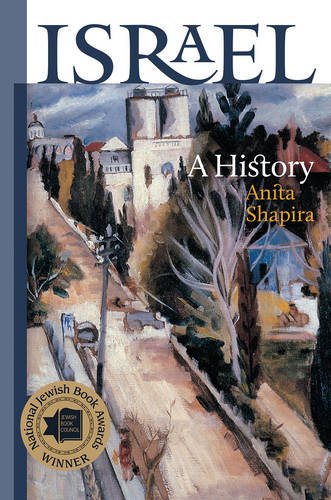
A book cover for Israel: A History (The Schusterman Series in Israel Studies); Anita Shapira; History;